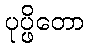
ပုပ္ဖိတော